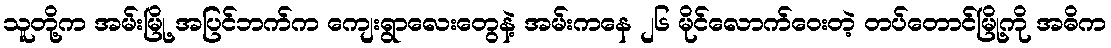
သူတို့က အမ်းမြို့ အပြင်ဘက်က ကျေးရွာလေးတွေနဲ့ အမ်းကနေ ၂၆ မိုင်လောက်ဝေးတဲ့ တပ်တောင်မြို့ကို အဓိက